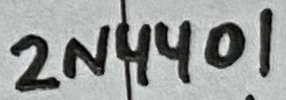
Text: 2N4401